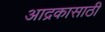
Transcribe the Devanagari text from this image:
आद्रकासाठी